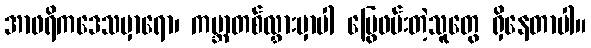
အာဖရိကဒေသမှာရော၊ ကမ္ဘာတစ်လွှားမှာပါ မြွေဖမ်းတဲ့သူတွေ ရှိနေတာပါ။